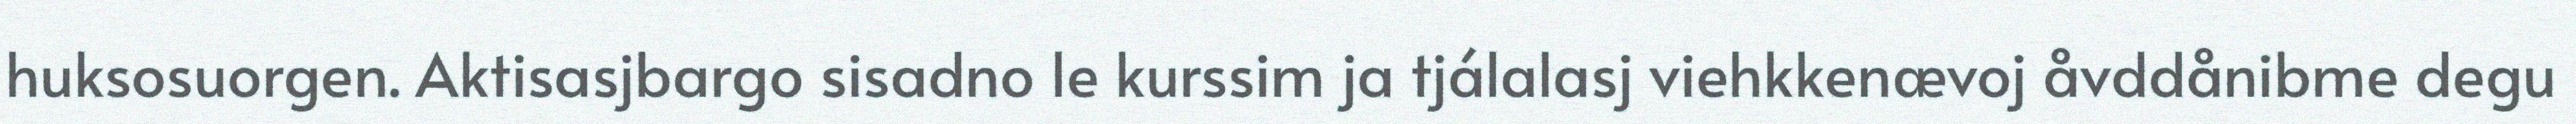
huksosuorgen. Aktisasjbargo sisadno le kurssim ja tjálalasj viehkkenævoj åvddånibme degu